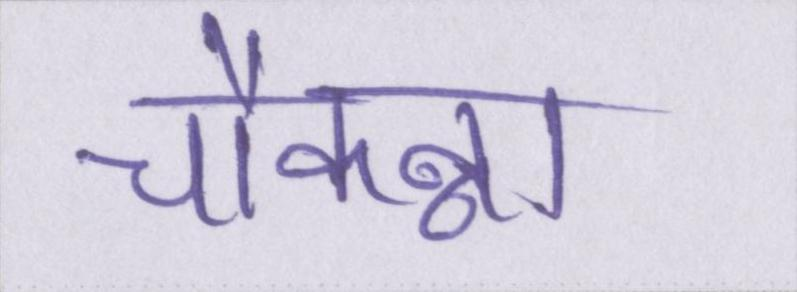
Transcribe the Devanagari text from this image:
चौकन्ना